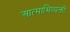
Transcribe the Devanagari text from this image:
आत्माभिव्यक्ती